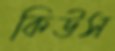
কিউস